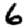
Digit: 6